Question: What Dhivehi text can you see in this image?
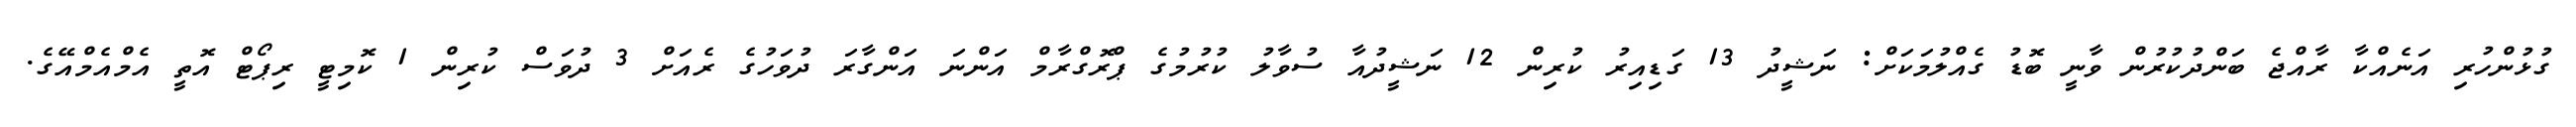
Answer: ގުޅުންހުރި އަނެއްކާ ރާއްޖެ ބަންދުކުރުން ވާނީ ބޮޑު ގެއްލުމަކަށް: ނަޝީދު 13 ގަޑިއިރު ކުރިން 12 ނަޝީދުއާ ސުވާލު ކުރުމުގެ ޕްރޮގްރާމް އަންނަ އަންގާރަ ދުވަހުގެ ރެއަށް 3 ދުވަސް ކުރިން 1 ކޮމިޓީ ރިޕޯޓް އޮތީ އެމްއެމްއޭގެ.